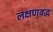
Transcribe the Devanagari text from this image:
लक्षणवद्ध